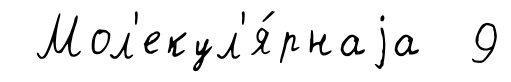
Мол'екул'я́рнаjа 9